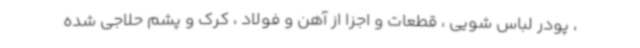
، پودر لباس شویی ، قطعات و اجزا از آهن و فولاد ، کرک و پشم حلاجی شده